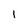
Character: 1